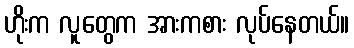
ဟိုးက လူတွေက အားကစား လုပ်နေတယ်။